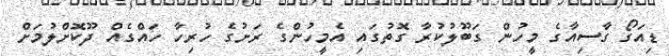
ޑިއަގޯ ގާސިއާގެ މީހުން ގަބޫލުކުރާ ގޮތުގައި އެމީހުންގެ ރަށުގެ ހުރިހާ ހައްގެއް ދޫކޮށްލުމަށް